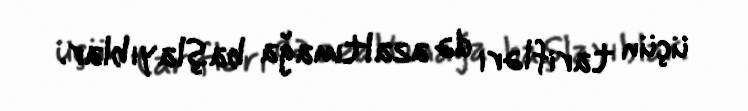
üçün tarifləri də azaltmağa başlayıblar.